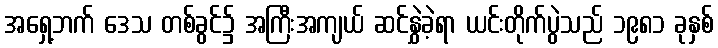
အရှေ့ဘက် ဒေသ တစ်ခွင်၌ အကြီးအကျယ် ဆင်နွှဲခဲ့ရာ ယင်းတိုက်ပွဲသည် ၁၉၈၁ ခုနှစ်